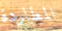
المطاردة